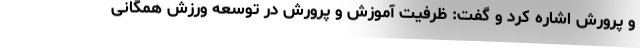
و پرورش اشاره کرد و گفت: ظرفیت آموزش و پرورش در توسعه ورزش همگانی